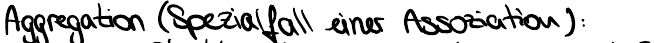
Aggregation (Spezialfall einer Assoziation):